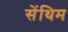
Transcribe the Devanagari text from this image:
सेंथिम